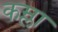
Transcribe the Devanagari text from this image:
कम्ला